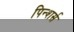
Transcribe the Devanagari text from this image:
पिन्शर्स